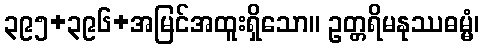
၃၉၅+၃၉၆+အမြင်အထူးရှိသော။ ဥတ္တရိမနုဿဓမ္မံ၊